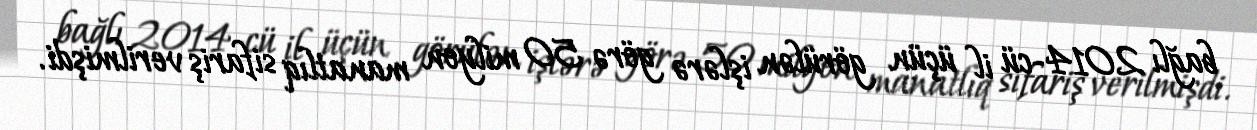
bağlı 2014-cü il üçün görülən işlərə görə 50 milyon manatlıq sifariş verilmişdi.